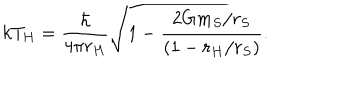
k T _ { H } = { \frac { \hbar } { 4 \pi r _ { H } } } \sqrt { 1 - { \frac { 2 G m _ { S } / r _ { S } } { ( 1 - r _ { H } / r _ { S } ) } } } .